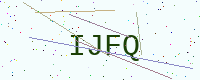
Text: IJFQ